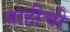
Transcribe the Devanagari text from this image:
नाहीची